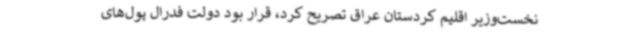
نخست‌وزیر اقلیم کردستان عراق تصریح کرد، قرار بود دولت فدرال پول‌های